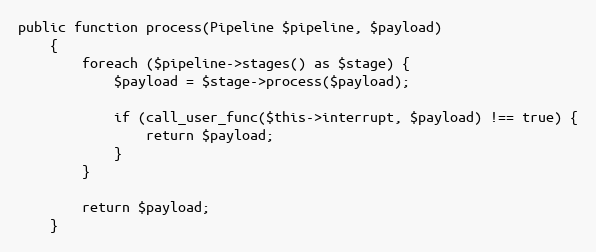
Language: PHP
public function process(Pipeline $pipeline, $payload)
    {
        foreach ($pipeline->stages() as $stage) {
            $payload = $stage->process($payload);

            if (call_user_func($this->interrupt, $payload) !== true) {
                return $payload;
            }
        }

        return $payload;
    }